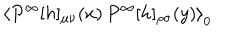
\left< P ^ { \infty } [ h ] _ { \mu \nu } ( x ) \, P ^ { \infty } [ h ] _ { \rho \sigma } ( y ) \right> _ { 0 }